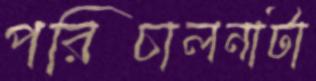
পরিচালনাটা